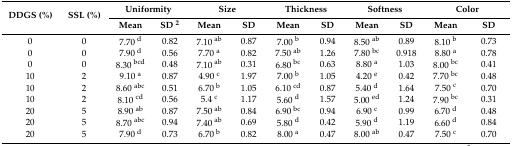
<table><thead><tr><td rowspan="2"><b>DDGS (%)</b></td><td rowspan="2"><b>SSL (%)</b></td><td colspan="2"><b>Uniformity</b></td><td colspan="2"><b>Size</b></td><td colspan="2"><b>Thickness</b></td><td colspan="2"><b>Softness</b></td><td colspan="2"><b>Color</b></td></tr><tr><td><b>Mean</b></td><td><b>SD <sup>2</sup></b></td><td><b>Mean</b></td><td><b>SD</b></td><td><b>Mean</b></td><td><b>SD</b></td><td><b>Mean</b></td><td><b>SD</b></td><td><b>Mean</b></td><td><b>SD</b></td></tr></thead><tbody><tr><td>0</td><td>0</td><td>7.70 <sup>d</sup></td><td>0.82</td><td>7.10 <sup>ab</sup></td><td>0.87</td><td>7.00 <sup>b</sup></td><td>0.94</td><td>8.50 <sup>ab</sup></td><td>0.89</td><td>8.10 <sup>b</sup></td><td>0.73</td></tr><tr><td>0</td><td>0</td><td>7.90 <sup>d</sup></td><td>0.56</td><td>7.70 <sup>a</sup></td><td>0.82</td><td>7.50 <sup>ab</sup></td><td>1.26</td><td>7.80 <sup>bc</sup></td><td>0.918</td><td>8.80 <sup>a</sup></td><td>0.78</td></tr><tr><td>0</td><td>0</td><td>8.30 <sup>bcd</sup></td><td>0.48</td><td>7.10 <sup>ab</sup></td><td>0.31</td><td>6.80 <sup>bc</sup></td><td>0.63</td><td>8.80 <sup>a</sup></td><td>1.03</td><td>8.00 <sup>bc</sup></td><td>0.41</td></tr><tr><td>10</td><td>2</td><td>9.10 <sup>a</sup></td><td>0.87</td><td>4.90 <sup>c</sup></td><td>1.97</td><td>7.00 <sup>b</sup></td><td>1.05</td><td>4.20 <sup>e</sup></td><td>0.42</td><td>7.70 <sup>bc</sup></td><td>0.48</td></tr><tr><td>10</td><td>2</td><td>8.60 <sup>abc</sup></td><td>0.51</td><td>6.70 <sup>b</sup></td><td>1.05</td><td>6.10 <sup>cd</sup></td><td>0.87</td><td>5.40 <sup>d</sup></td><td>1.64</td><td>7.50 <sup>c</sup></td><td>0.70</td></tr><tr><td>10</td><td>2</td><td>8.10 <sup>cd</sup></td><td>0.56</td><td>5.4 <sup>c</sup></td><td>1.17</td><td>5.60 <sup>d</sup></td><td>1.57</td><td>5.00 <sup>ed</sup></td><td>1.24</td><td>7.90 <sup>bc</sup></td><td>0.31</td></tr><tr><td>20</td><td>5</td><td>8.90 <sup>ab</sup></td><td>0.87</td><td>7.50 <sup>ab</sup></td><td>0.84</td><td>6.90 <sup>bc</sup></td><td>0.94</td><td>6.90 <sup>c</sup></td><td>0.99</td><td>6.70 <sup>d</sup></td><td>0.48</td></tr><tr><td>20</td><td>5</td><td>8.70 <sup>abc</sup></td><td>0.94</td><td>7.40 <sup>ab</sup></td><td>0.69</td><td>5.80 <sup>d</sup></td><td>0.42</td><td>5.90 <sup>d</sup></td><td>1.19</td><td>6.60 <sup>d</sup></td><td>0.84</td></tr><tr><td>20</td><td>5</td><td>7.90 <sup>d</sup></td><td>0.73</td><td>6.70 <sup>b</sup></td><td>0.82</td><td>8.00 <sup>a</sup></td><td>0.47</td><td>8.00 <sup>ab</sup></td><td>0.47</td><td>7.50 <sup>c</sup></td><td>0.70</td></tr></tbody></table>